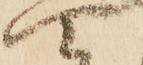
四